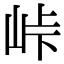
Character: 峠